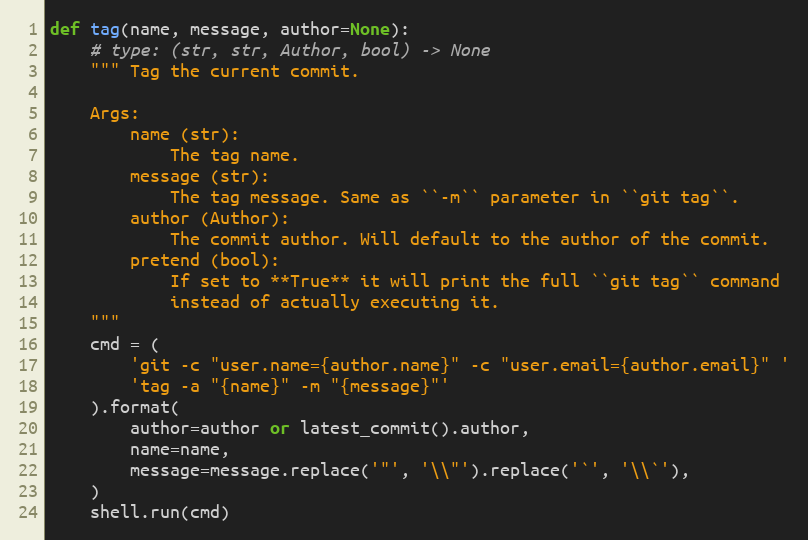
Language: Python
def tag(name, message, author=None):
    # type: (str, str, Author, bool) -> None
    """ Tag the current commit.

    Args:
        name (str):
            The tag name.
        message (str):
            The tag message. Same as ``-m`` parameter in ``git tag``.
        author (Author):
            The commit author. Will default to the author of the commit.
        pretend (bool):
            If set to **True** it will print the full ``git tag`` command
            instead of actually executing it.
    """
    cmd = (
        'git -c "user.name={author.name}" -c "user.email={author.email}" '
        'tag -a "{name}" -m "{message}"'
    ).format(
        author=author or latest_commit().author,
        name=name,
        message=message.replace('"', '\\"').replace('`', '\\`'),
    )
    shell.run(cmd)